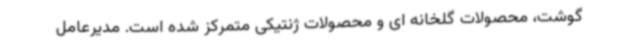
گوشت، محصولات گلخانه ای و محصولات ژنتیکی متمرکز شده است. مدیرعامل